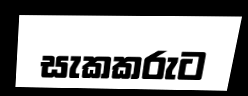
සැකකරුට